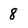
Character: 8